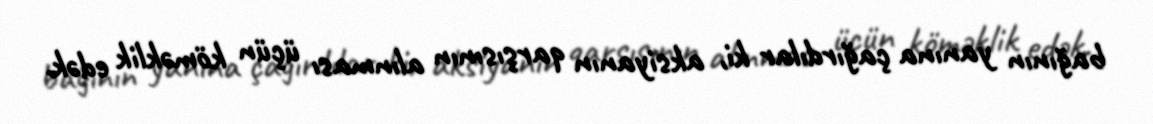
bağının yanına çağırdılar ki, aksiyanın qarşısının alınması üçün köməklik edək.